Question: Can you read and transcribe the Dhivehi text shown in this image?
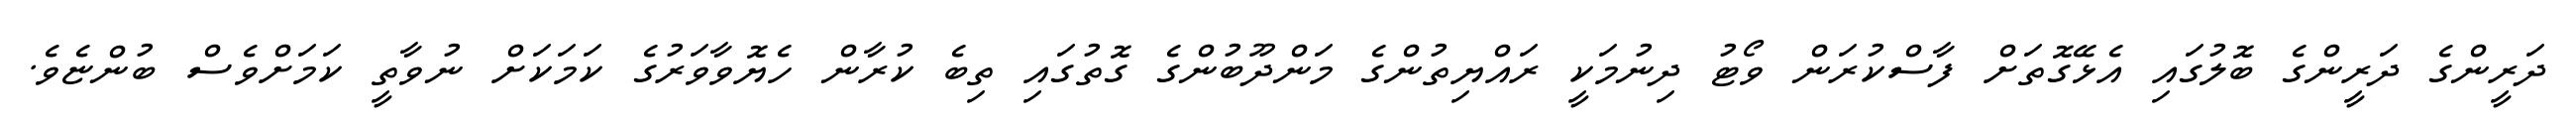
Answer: ދަރީންގެ ދަރީންގެ ބޮލުގައި އެޅޭގޮތަށް ފާސްކުރަން ވޯޓު ދިނުމަކީ ރައްޔިތުންގެ މަންދޫބުންގެ ގޮތުގައި ތިބެ ކުރާން ހެޔޮވާވަރުގެ ކަމަކަށް ނުވާތީ ކަމަށްވެސް ބުންޏެވެ.